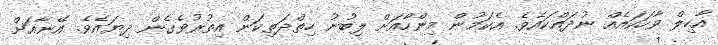
އާހިލް ވާހަކައެއް ނުދައްކައެވެ. އެކަމުން މިންހާއަށް ލިބުނު ހިތްދަތިކަން އިތުރުވެގެން ދިޔައެވެ. އޭނާއަށް